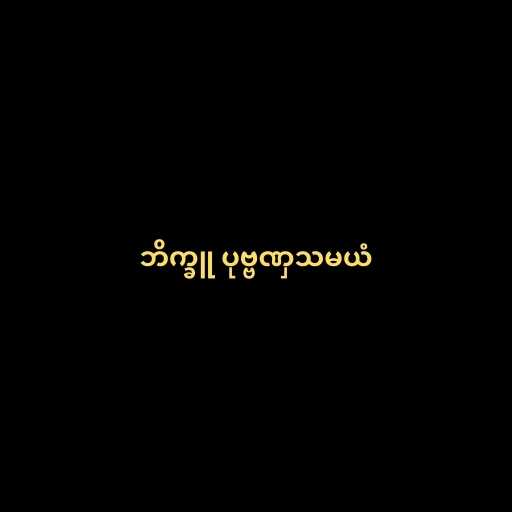
ဘိက္ခူ ပုဗ္ဗဏှသမယံ